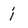
Character: i